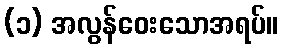
(၁) အလွန်ဝေးသောအရပ်။